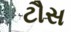
ટૌસ